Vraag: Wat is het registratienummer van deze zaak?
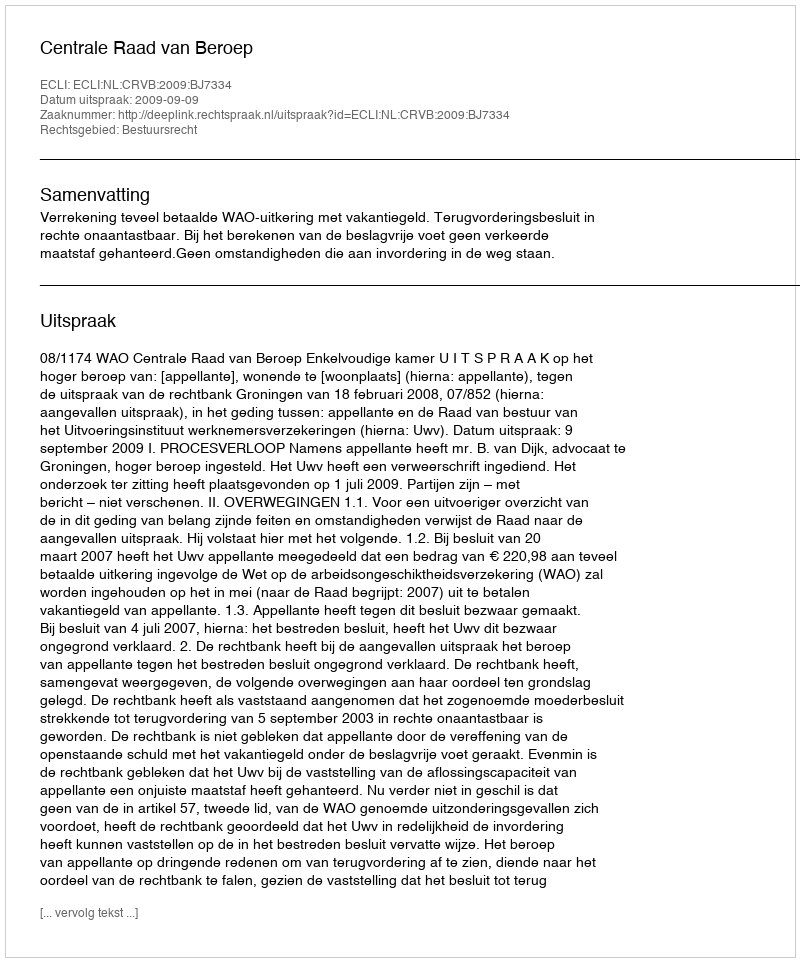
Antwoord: http://deeplink.rechtspraak.nl/uitspraak?id=ECLI:NL:CRVB:2009:BJ7334